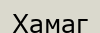
Хамаг